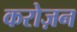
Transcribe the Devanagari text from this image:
करोज़न